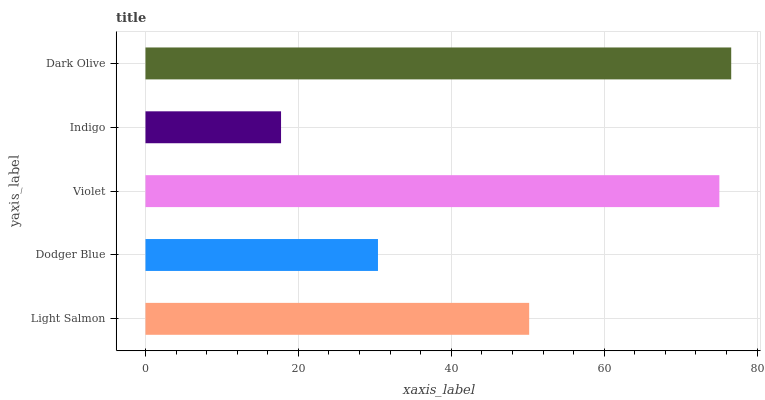
| yaxis_label | bars |
 | --- | --- |
 | Light Salmon | 50.2 |
 | Dodger Blue | 30.4 |
 | Violet | 75.1 |
 | Indigo | 17.7 |
 | Dark Olive | 76.6 |